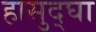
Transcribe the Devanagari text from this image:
हासुद्घा